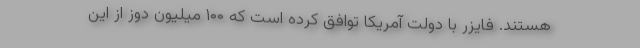
هستند. فایزر با دولت آمریکا توافق کرده است که ۱۰۰ میلیون دوز از این